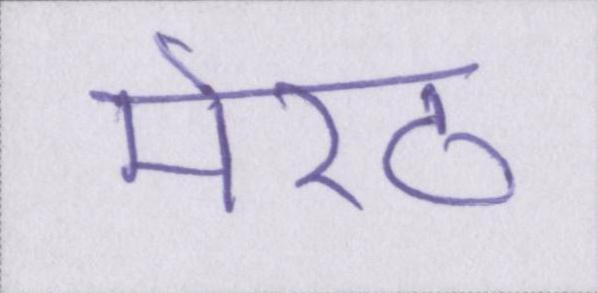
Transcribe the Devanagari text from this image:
मेरठ